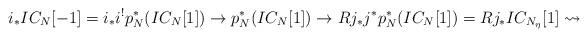
LaTeX: \begin{align*}i_* IC_N [-1] =i_* i^! p_N^* (IC_N [1]) \to p_N^* (IC_N [1]) \to Rj_* j^* p_N^*(IC_N [1]) = Rj_*IC_{N_\eta}[1] \rightsquigarrow\end{align*}